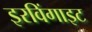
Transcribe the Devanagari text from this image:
इरविंगाइट